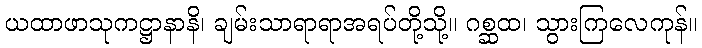
ယထာဖာသုကဋ္ဌာနာနိ၊ ချမ်းသာရာရာအရပ်တို့သို့။ ဂစ္ဆထ၊ သွားကြလေကုန်။